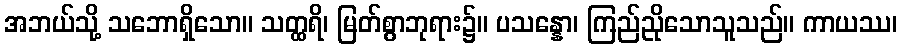
အဘယ်သို့ သဘောရှိသော။ သတ္ထရိ၊ မြတ်စွာဘုရား၌။ ပသန္နော၊ ကြည်ညိုသောသူသည်။ ကာယဿ၊